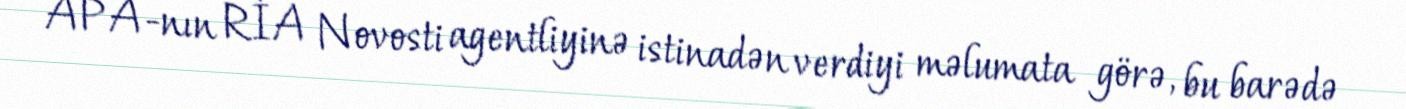
APA-nın RİA Novosti agentliyinə istinadən verdiyi məlumata görə, bu barədə